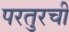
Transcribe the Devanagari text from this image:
परतुरची